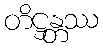
တိဋ္ဌန္တဿ